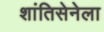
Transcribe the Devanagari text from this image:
शांतिसेनेला